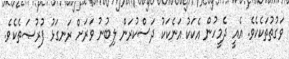
ވަގުތުތަކެކެވެ. އެއީ ދެމީހުން އެކަކު އަނެކަކު ދަސްކުރަން ލިބުނު ވަރަށް ރަނގަޅު ފުރުޞަތެކެވެ.